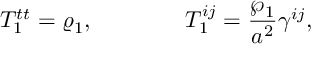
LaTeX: { \cal T } _ { 1 } ^ { t t } = \varrho _ { 1 } , \ \ \ \ \ \ \ \ \ \ \ \ { \cal T } _ { 1 } ^ { i j } = { \frac { \wp _ { 1 } } { a ^ { 2 } } } \gamma ^ { i j } ,